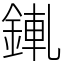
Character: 錷